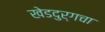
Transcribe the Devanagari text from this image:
खेडदुर्गचा